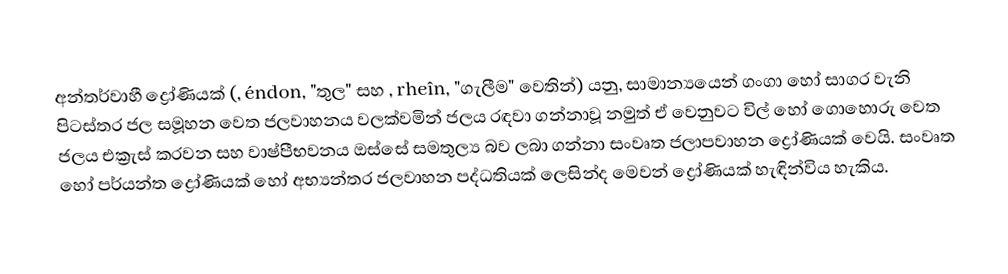
අන්තර්වාහී ද්‍රෝණියක් (, éndon, "තුල" සහ , rheîn, "ගැලීම" වෙතින්) යනු, සාමාන්‍යයෙන් ගංගා හෝ සාගර වැනි පිටස්තර ජල සමූහන වෙත ජලවාහනය වලක්වමින්   ජලය රඳවා ගන්නාවූ නමුත්  ඒ වෙනුවට විල් හෝ  ගොහොරු වෙත ජලය එක්‍රැස් කරවන සහ වාෂ්පීභවනය ඔස්සේ සමතුල්‍ය බව ලබා ගන්නා  සංවෘත  ජලාපවාහන ද්‍රෝණියක් වෙයි. සංවෘත හෝ  පර්යන්ත ද්‍රෝණියක් හෝ   අභ්‍යන්තර ජලවාහන පද්ධතියක් ලෙසින්ද මෙවන් ද්‍රෝණියක් හැඳින්විය හැකිය.